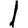
Digit: 1